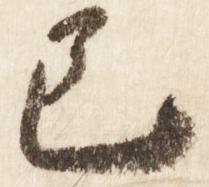
已